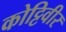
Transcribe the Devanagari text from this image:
कोट्टिवीर